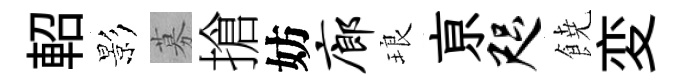
軺影募搶妨廊琅亰咫𩜙変